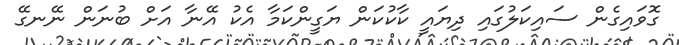
ގޮވައިގެން ސައިކަލުގައި ދިޔައީ ކާކުކަން ޔަގީންކަމާ އެކު އޭނާ އަށް ބުނަން ނޭނގޭ